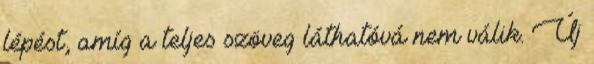
lépést, amíg a teljes szöveg láthatóvá nem válik. Új